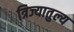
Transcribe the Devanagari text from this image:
त्रिज्यातुल्य